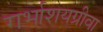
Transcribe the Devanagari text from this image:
गर्भाशयग्रीवा